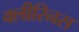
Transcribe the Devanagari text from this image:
क्लीरिनस